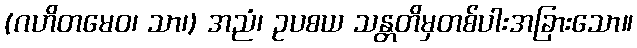
(ဂဟိတမေဝ၊ သာ၊) အညံ၊ ဥပစယ သန္တတိမှတစ်ပါးအခြားသော။